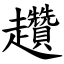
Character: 趲